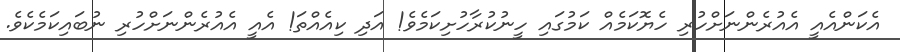
އެކަންއެއީ އެއުރެންނަށްހުރި ހެޔޮކަމެއް ކަމުގައި ހީނުކުރާހުށިކަމެވެ! އަދި ކިއެއްތަ! އެއީ އެއުރެންނަށްހުރި ނުބައިކަމެކެވެ.